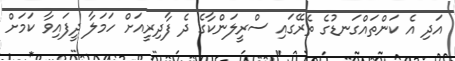
އަދި އެ ކަންތައްގަނޑުގެ ތެރޭގައި ސްރީލަންކާގެ ދެ ފާދިރީއަށް ހަމަލާ ދީފައިވާ ކަމަށް